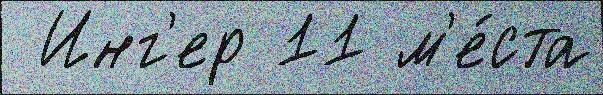
 Инг'ер 11 м'е́ста